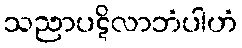
သညာပဋိလာဘံပါဟံ